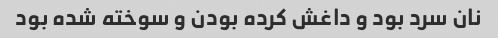
نان سرد بود و داغش کرده بودن و سوخته شده بود